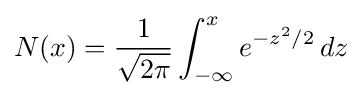
N(x)={\frac {1}{\sqrt {2\pi }}}\int _{-\infty }^{x}e^{-z^{2}/2}\,dz